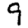
Digit: 9